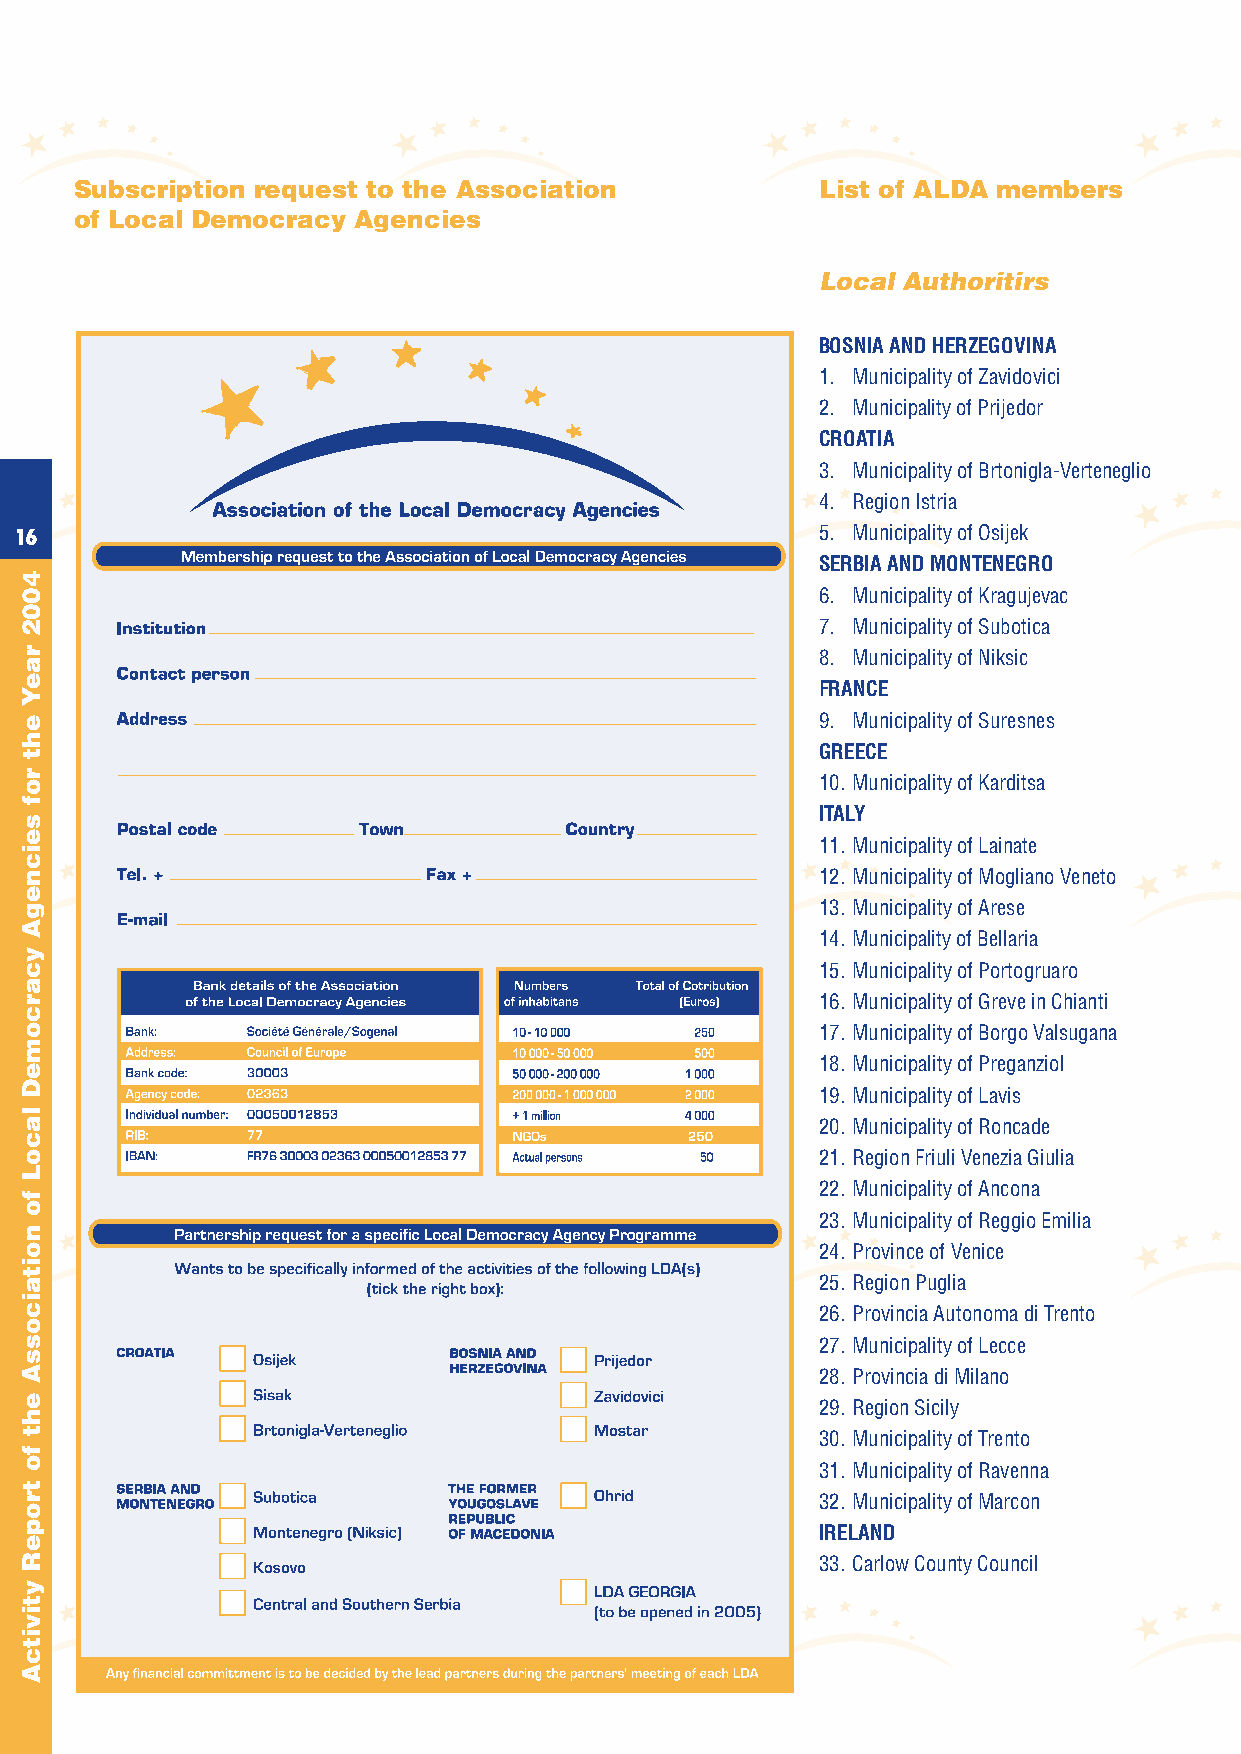
Subscription request to the Association          List of ALDA members
 of Local Democracy Agencies
 Local Authoritirs
 BOSNIA AND HERZEGOVINA
 1. Municipality of Zavidovici
 2. Municipality of Prijedor
 CROATIA
 3. Municipality of Brtonigla-Verteneglio
 4. Region Istria
 16                                                   5. Municipality of Osijek                                                                                   17
 SERBIA AND MONTENEGRO
 6. Municipality of Kragujevac
 7. Municipality of Subotica
 8. Municipality of Niksic
 FRANCE
 9. Municipality of Suresnes
 GREECE
 10. Municipality of Karditsa
 ITALY
 11. Municipality of Lainate
 12. Municipality of Mogliano Veneto
 13. Municipality of Arese
 14. Municipality of Bellaria
 15. Municipality of Portogruaro
 16. Municipality of Greve in Chianti
 17. Municipality of Borgo Valsugana
 18. Municipality of Preganziol
 19. Municipality of Lavis
 20. Municipality of Roncade
 21. Region Friuli Venezia Giulia
 22. Municipality of Ancona
 23. Municipality of Reggio Emilia
 24. Province of Venice
 25. Region Puglia
 26. Provincia Autonoma di Trento
 27. Municipality of Lecce
 28. Provincia di Milano
 29. Region Sicily
 30. Municipality of Trento
 31. Municipality of Ravenna
 32. Municipality of Marcon
 IRELAND
 33. Carlow County Council
 4002
 raeY
 eht
 rof
 seicnegA
 ycarcomeD
 lacoL
 fo
 noitaicossA
 eht
 fo
 tropeR
 ytivitcA